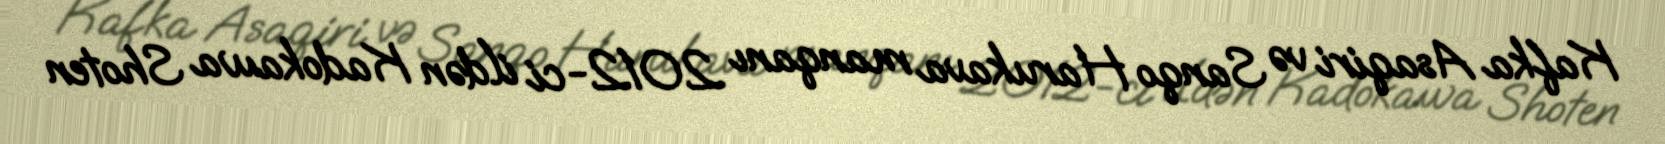
Kafka Asaqiri və Sanqo Harukava manqanı 2012-ci ildən Kadokawa Shoten